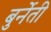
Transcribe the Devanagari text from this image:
बुर्नेती